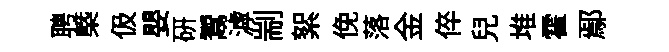
聘㮣伋嬰硏鬻滹剬絮俛落金倅兒堆霍鄢